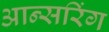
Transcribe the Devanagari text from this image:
आन्सरिंग